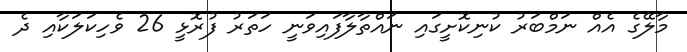
މާލޭގެ އެއް ނަމްބަރު ކުނިކޮށީގައި ނައްތާލާފައިވަނީ ހަތަރު ފުރޮޅީ 26 ވެހިކަލަކާއި ދެ